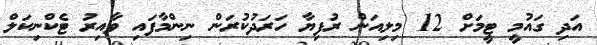
އަދި ގައުމީ ޓީމަށް 12 މިލިއަން ރުފިޔާ ހަރަދުކުރަން ނިންމާފައި ވާއިރު ޓެކްނިކަލް